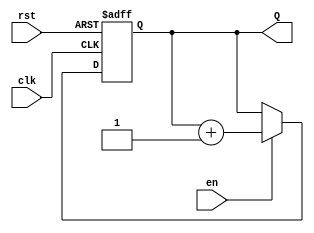
module binary_up_counter #(
    parameter N = 4  // Parameter for the number of bits in the counter
)(
    input wire clk,    // Clock signal
    input wire rst,    // Asynchronous reset signal
    input wire en,     // Enable signal
    output reg [N-1:0] Q  // n-bit output representing the current count value
);

    // Always block to implement the counter logic
    always @(posedge clk or posedge rst) begin
        if (rst) begin
            // Asynchronous reset: set count to 0
            Q <= 0;
        end else if (en) begin
            // Increment the counter if enabled
            Q <= Q + 1;
        end
        // If not enabled, Q retains its value
    end

endmodule